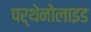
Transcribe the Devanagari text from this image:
पर्थेनोलाइड